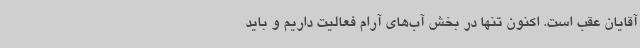
آقایان عقب است. اکنون تنها در بخش آب‌های آرام فعالیت داریم و باید